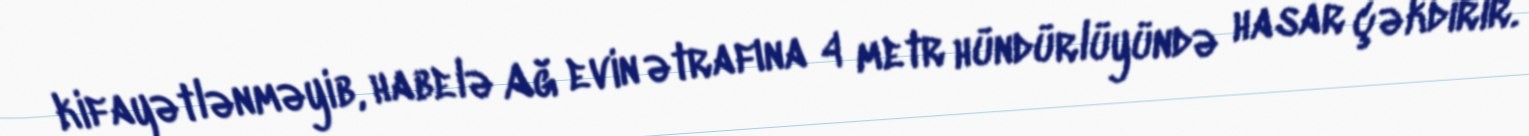
kifayətlənməyib, habelə Ağ evin ətrafına 4 metr hündürlüyündə hasar çəkdirir.